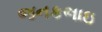
જનકભાઇ